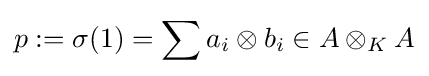
p:=\sigma (1)=\sum a_{i}\otimes b_{i}\in A\otimes _{K}A